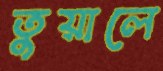
তুয়ালে